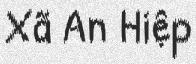
Xã An Hiệp